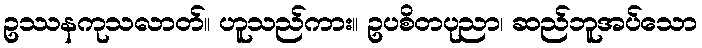
ဥဿနကုသလာတ်။ ဟူသည်ကား။ ဥပစိတပုညာ၊ ဆည်ဘူအပ်သော